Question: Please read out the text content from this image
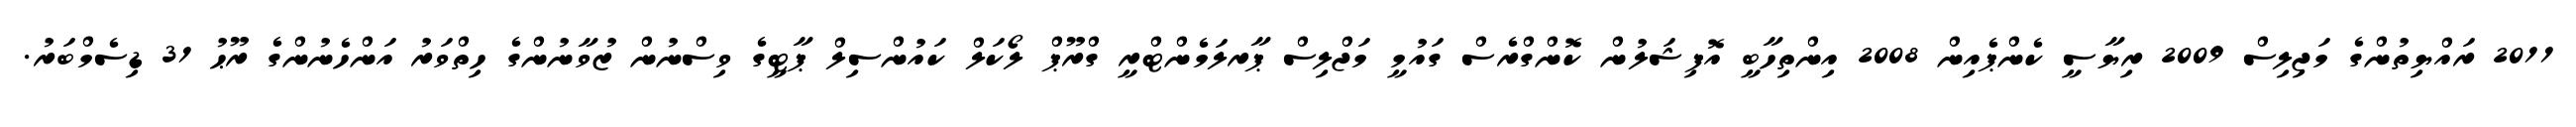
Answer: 2011 ރައްޔިތުންގެ މަޖިލިސް 2009 ރިޔާސީ ކެންޕެއިން 2008 އިންތިހާބީ އޮފިޝަލުން ކޮންގްރެސް ގައުމީ މަޖްލިސް ޕާރލަމެންޓްރީ ގްރޫޕް ލޯކަލް ކައުންސިލް ޕާޓީގެ ވިސްނުން ޒުވާނުންގެ ހިތްވަރު އަންހެނުންގެ ރޫޙު 31 ޑިސެމްބަރު.